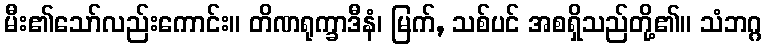
မီး၏သော်လည်းကောင်း။ တိဏရုက္ခာဒီနံ၊ မြက်, သစ်ပင် အစရှိသည်တို့၏။ သံဘဂ္ဂ